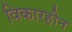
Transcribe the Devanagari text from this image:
विकारहीन